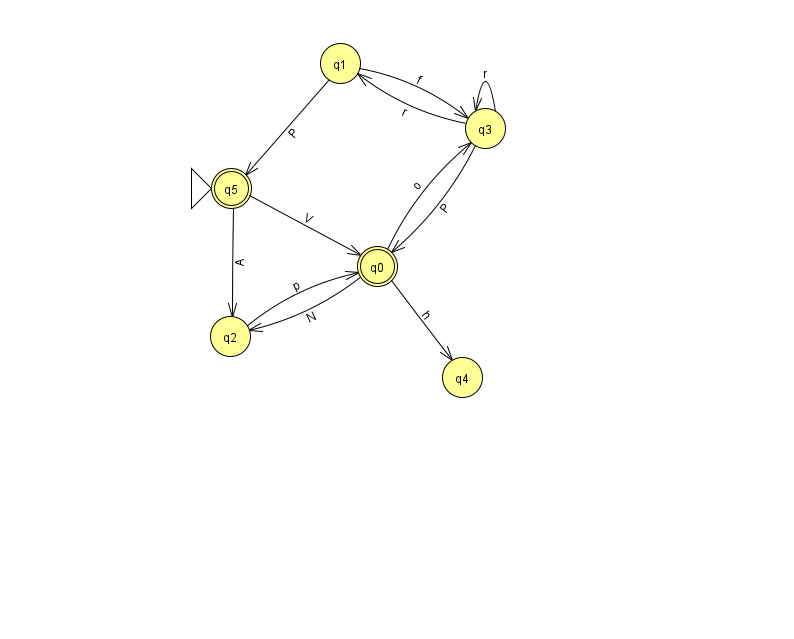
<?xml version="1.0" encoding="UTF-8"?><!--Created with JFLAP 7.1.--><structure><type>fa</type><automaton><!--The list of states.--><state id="0" name="q0"><x>377.0</x><y>253.0</y><final/></state><state id="1" name="q1"><x>340.0</x><y>50.0</y></state><state id="2" name="q2"><x>230.0</x><y>323.0</y></state><state id="3" name="q3"><x>485.0</x><y>115.0</y></state><state id="4" name="q4"><x>462.0</x><y>364.0</y></state><state id="5" name="q5"><x>231.0</x><y>175.0</y><initial/><final/></state><!--The list of transitions.--><transition><from>2</from><to>0</to><read>p</read></transition><transition><from>3</from><to>3</to><read>r</read></transition><transition><from>5</from><to>0</to><read>V</read></transition><transition><from>3</from><to>1</to><read>r</read></transition><transition><from>0</from><to>3</to><read>o</read></transition><transition><from>1</from><to>3</to><read>f</read></transition><transition><from>5</from><to>2</to><read>A</read></transition><transition><from>0</from><to>4</to><read>h</read></transition><transition><from>3</from><to>0</to><read>P</read></transition><transition><from>0</from><to>2</to><read>N</read></transition><transition><from>1</from><to>5</to><read>P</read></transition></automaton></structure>